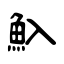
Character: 魞